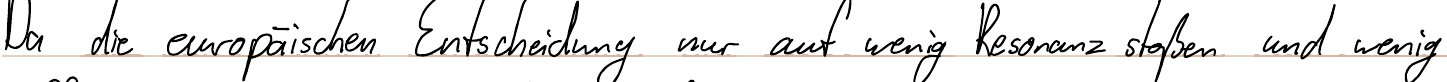
Da die europäischen Entscheidung nur auf wenig Resonanz stoßen und wenig